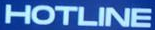
HOTLINE